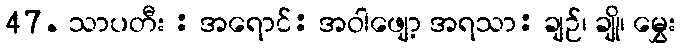
47. သာပတီး : အရောင်: အဝါဖျော့ အရသာ: ချဉ်၊ ချို၊ မွှေး